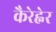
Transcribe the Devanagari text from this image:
कैरेह्नेर